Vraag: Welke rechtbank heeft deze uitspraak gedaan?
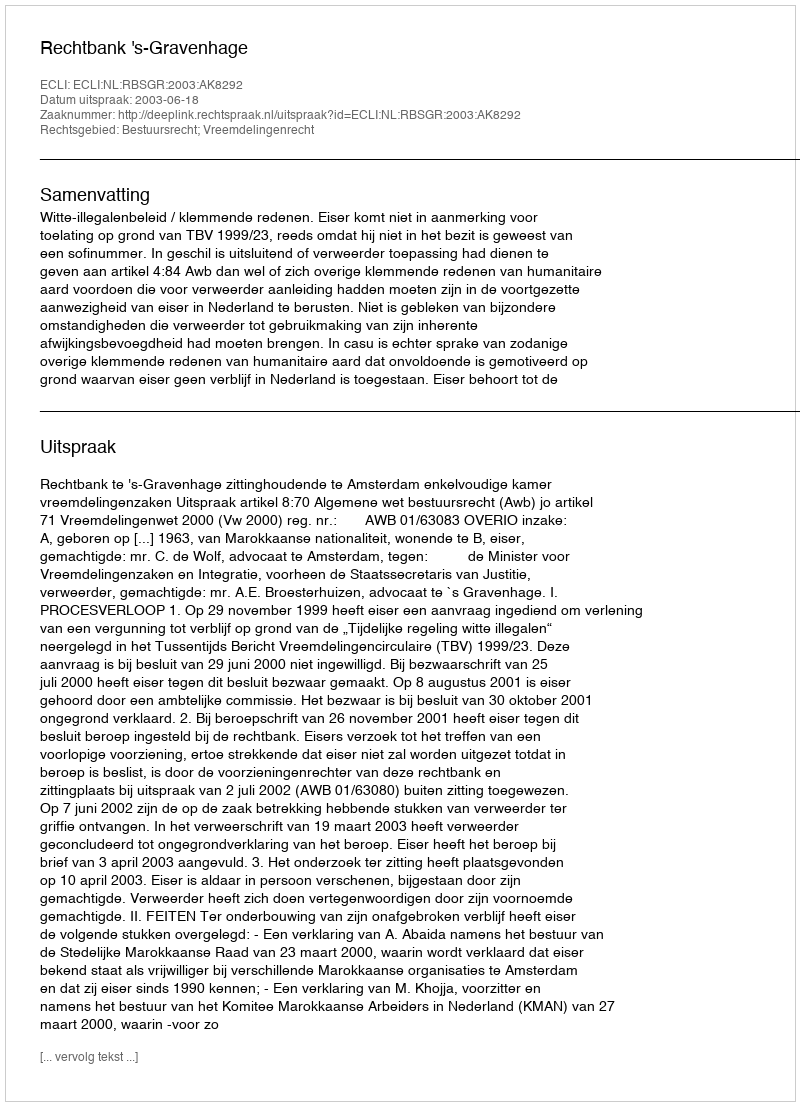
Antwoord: Rechtbank 's-Gravenhage